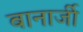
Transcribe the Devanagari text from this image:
बानार्जी